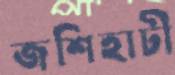
জশিহাটী